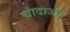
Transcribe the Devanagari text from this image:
चांदाजी